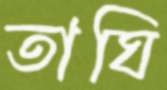
তাঘি